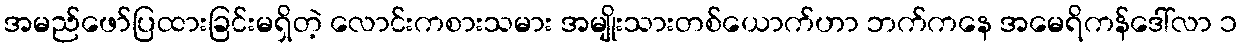
အမည်ဖော်ပြထားခြင်းမရှိတဲ့ လောင်းကစားသမား အမျိုးသားတစ်ယောက်ဟာ ဘက်ကနေ အမေရိကန်ဒေါ်လာ ၁